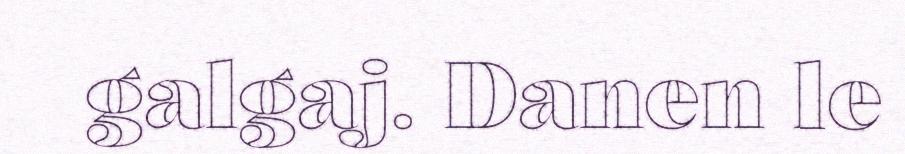
galgaj. Danen le